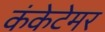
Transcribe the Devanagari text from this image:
कंकेटेमर